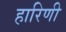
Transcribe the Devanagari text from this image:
हारिणी